Tezpur Lunatic Asylum reports 1895-1904 - 1895-1904
Year: 1895
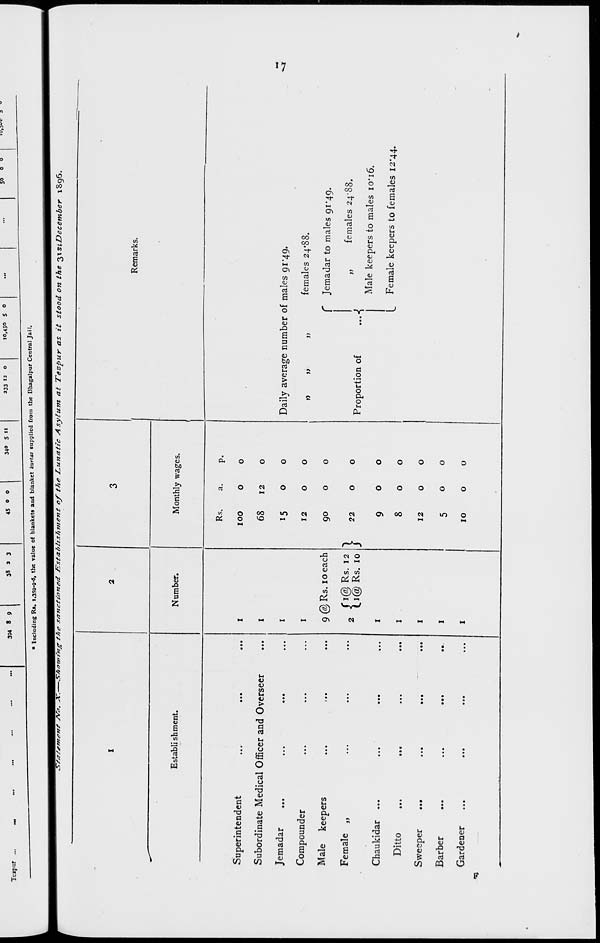
Teipur ..
394 8 9
38 3 3
45 0 o
34" 5 *«
233 " 0
10,450 S o
JO
O O
iu f 3«i' 3
. the value of blankets and blanket kurtas supplied from the Bhagalpur Central Jail.
• Including Re. 1.353-9-6,
7/!^*t*ie*t^^^^r!^^^i0?t^tgt/iesanct toned JSstabZtshment of the /Lunatic Asylum at Tezpur as it stood on the 2>*stDec ember 1896.
Establi shment.
Superintendent
Subordinate Medical Officer and Overseer
Jemadar
Compounder
Male keepers
Female „
Chaukidar
Ditto
Sweeper
Barber
Gardener
Number.
Monthly wages.
9 @ Rs. 10 each
{i@ Rs. 12
i@ Rs. 10 }
Rs.
a.
P
100
0
0
68
12
0
15
0
0
12
0
0
90
0
0
22
O
0
9
0
0
8
O
0
12
10
0
Remarks.
»
a
a
Daily average number of males 91*49.
females 24*88.
Jemadar to males 91*49.
„
females 24-88.
Male keepers to males 10*16.
Female keepers to females 12*44.
Proportion of
...^